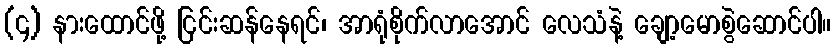
(၄) နားထောင်ဖို့ ငြင်းဆန်နေရင်၊ အာရုံစိုက်လာအောင် လေသံနဲ့ ချော့မောစွဲဆောင်ပါ။